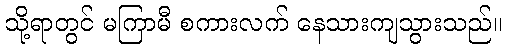
သို့ရာတွင် မကြာမီ စကားလက် နေသားကျသွားသည်။